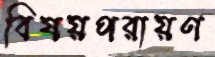
বিষয়পরায়ণ